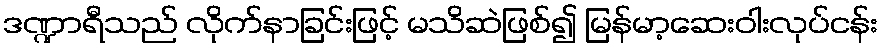
ဒဏ္ဍာရီသည် လိုက်နာခြင်းဖြင့် မသိဆဲဖြစ်၍ မြန်မာ့ဆေးဝါးလုပ်ငန်း